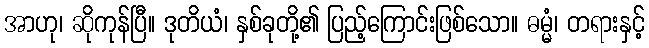
အာဟု၊ ဆိုကုန်ပြီ။ ဒုတိယံ၊ နှစ်ခုတို့၏ ပြည့်ကြောင်းဖြစ်သော။ ဓမ္မံ၊ တရားနှင့်